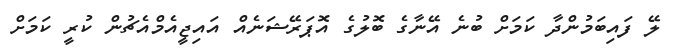
ލޭ ފައިބަމުންދާ ކަމަށް ބުނެ އޭނާގެ ބޮލުގެ އޮޕަރޭޝަނެއް އައިޖީއެމްއެޗުން ކުރީ ކަމަށް